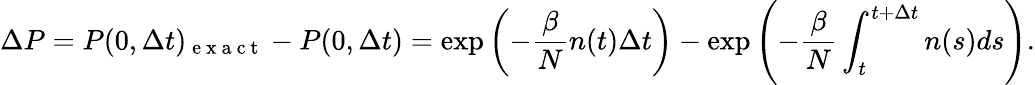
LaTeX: \Delta P=P(0,\Delta t)_{\mathrm{~e~x~a~c~t~}}-P(0,\Delta t)=\exp{\left(-\frac{\beta}{N}n(t)\Delta t\right)}-\exp{\left(-\frac{\beta}{N}\int_{t}^{t+\Delta t}n(s)ds\right)}.